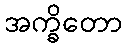
အက္ခိတော